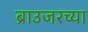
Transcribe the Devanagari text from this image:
ब्राउजरच्या